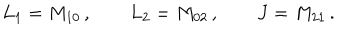
LaTeX: L _ { 1 } = M _ { 1 0 } \, , \qquad L _ { 2 } = M _ { 0 2 } \, , \qquad J = M _ { 2 1 } \, .